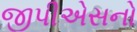
જીપીએસનો